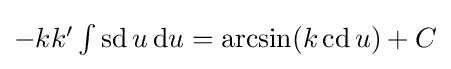
{\textstyle -kk'\int \operatorname {sd} u\,\mathrm {d} u=\arcsin(k\operatorname {cd} u)+C}